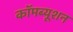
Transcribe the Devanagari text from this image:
कॉमब्यूशन